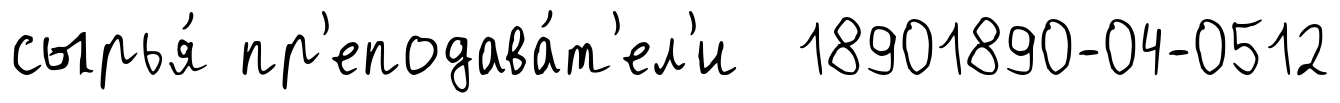
сырья́ пр'еподава́т'ел'и 18901890-04-0512